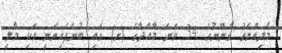
މާލިއްޔަތު ގާނޫނުގެ 34 ވަނަ މާއްދާގެ (ށ) ގައި ބުނެފައިވަނީ ވަކި މާލީ